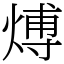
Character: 煿